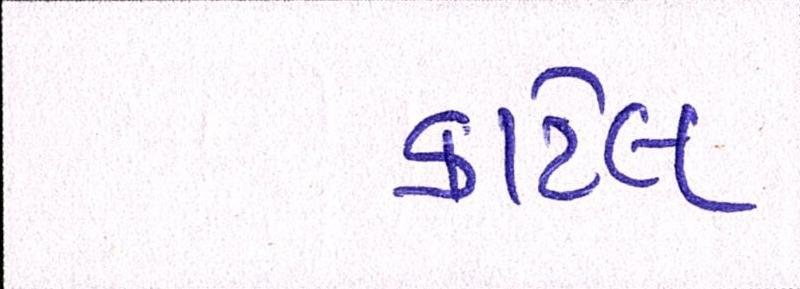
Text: કાર્ટેલ